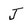
Character: J